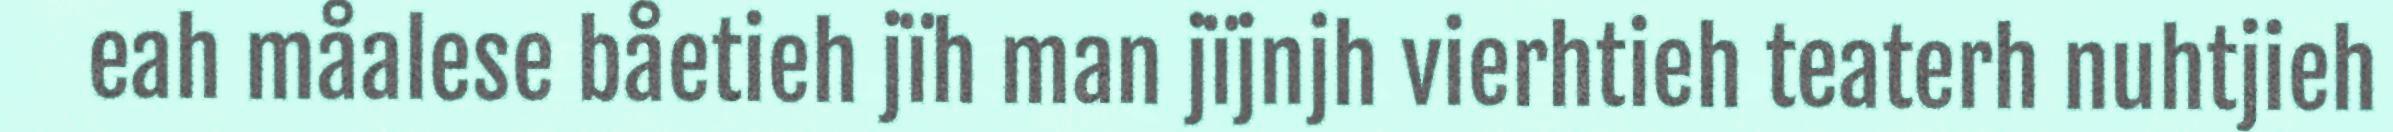
eah måalese båetieh jïh man jïjnjh vierhtieh teaterh nuhtjieh